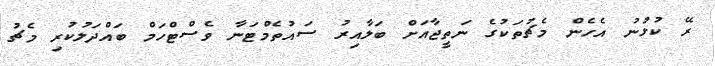
ރޭ ކުޅުނު އެހެން މެޗުތަކުގެ ނަތީޖާއަށް ބަލާއިރު ސައުތެމްޓަނާ ވެސްޓްހަމް ބައްދަލުކުރި މެޗު